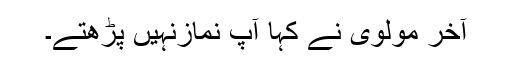
آخر مولوی نے کہا آپ نمازنہیں پڑھتے۔